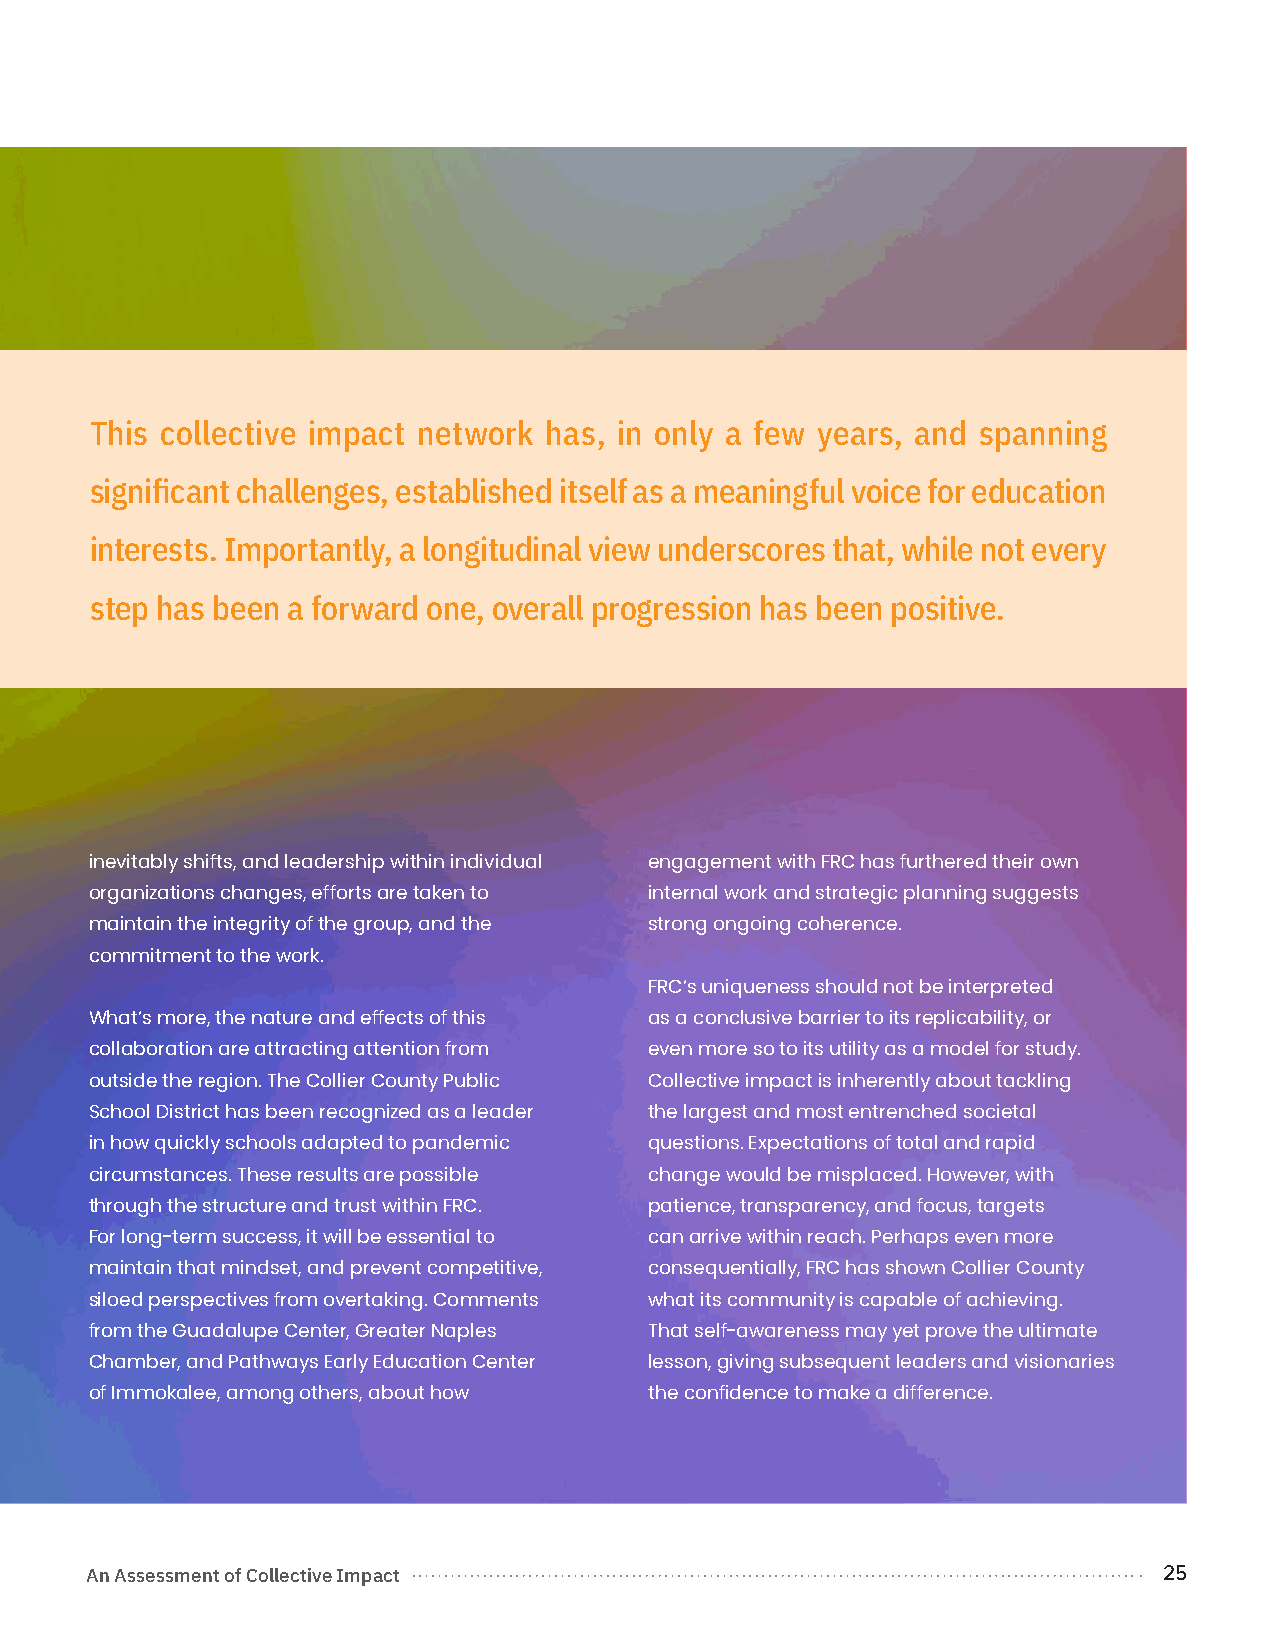
This collective impact network has, in only a few years, and spanning
 significant challenges, established itself as a meaningful voice for education
 interests. Importantly, a longitudinal view underscores that, while not every
 step has been a forward one, overall progression has been positive.
 inevitably shifts, and leadership within individual engagement with FRC has furthered their own
 organizations changes, efforts are taken to internal work and strategic planning suggests
 maintain the integrity of the group, and the strong ongoing coherence.
 commitment to the work.
 FRC’s uniqueness should not be interpreted
 What’s more, the nature and effects of this as a conclusive barrier to its replicability, or
 collaboration are attracting attention from even more so to its utility as a model for study.
 outside the region. The Collier County Public Collective impact is inherently about tackling
 School District has been recognized as a leader the largest and most entrenched societal
 in how quickly schools adapted to pandemic questions. Expectations of total and rapid
 circumstances. These results are possible change would be misplaced. However, with
 through the structure and trust within FRC. patience, transparency, and focus, targets
 For long-term success, it will be essential to can arrive within reach. Perhaps even more
 maintain that mindset, and prevent competitive, consequentially, FRC has shown Collier County
 siloed perspectives from overtaking. Comments what its community is capable of achieving.
 from the Guadalupe Center, Greater Naples That self-awareness may yet prove the ultimate
 Chamber, and Pathways Early Education Center lesson, giving subsequent leaders and visionaries
 of Immokalee, among others, about how the confidence to make a difference.
 An Assessment of Collective Impact                                     25